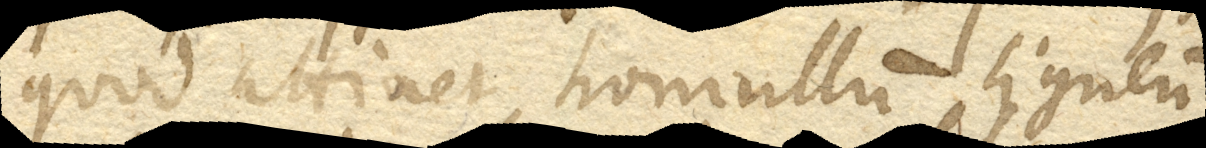
quod attinet homullum ligneum